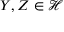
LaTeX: Y , Z \in { \mathcal { H } }